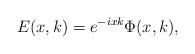
LaTeX: \begin{align*}E(x, k) = e^{-ix k}\Phi(x, k),\end{align*}